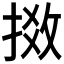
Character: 𢯧